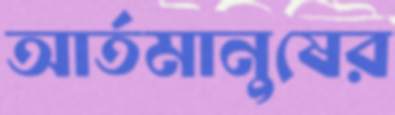
আর্তমানুষের